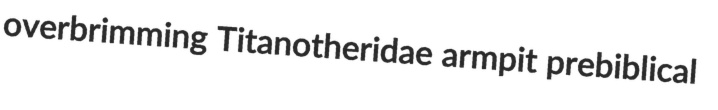
overbrimming Titanotheridae armpit prebiblical